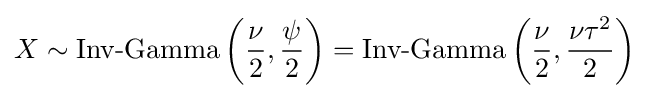
X\sim {\textrm {Inv-Gamma}}\left({\frac {\nu }{2}},{\frac {\psi }{2}}\right)={\textrm {Inv-Gamma}}\left({\frac {\nu }{2}},{\frac {\nu \tau ^{2}}{2}}\right)